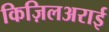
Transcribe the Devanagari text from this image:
किज़िलअराई